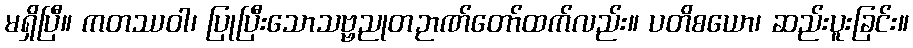
မရှိပြီ။ ကတဿဝါ၊ ပြုပြီးသောသဗ္ဗညုတဉာဏ်တော်ထက်လည်း။ ပတိစယော၊ ဆည်းပူးခြင်း။